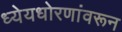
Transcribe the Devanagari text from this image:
ध्येयधोरणांवरून